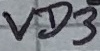
Text: VD3